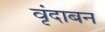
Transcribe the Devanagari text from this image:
वृंदाबन